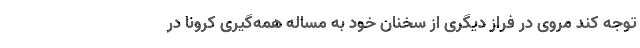
توجه کند مروی در فراز دیگری از سخنان خود به مساله همه‌گیری کرونا در